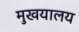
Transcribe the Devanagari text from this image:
मुखयालय